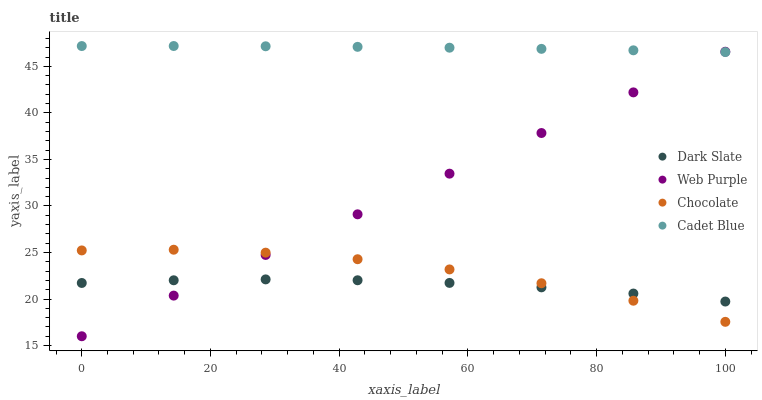
| xaxis_label | Dark Slate | Web Purple | Chocolate | Cadet Blue |
 | --- | --- | --- | --- | --- |
 | 0 | 21.7 | 16 | 25.2 | 47.2 |
 | 14.3 | 22 | 20.4 | 25.3 | 47.2 |
 | 28.6 | 22.1 | 24.7 | 25 | 47.2 |
 | 42.9 | 22 | 29.1 | 24.3 | 47.1 |
 | 57.1 | 21.7 | 33.5 | 23.2 | 47 |
 | 71.4 | 21.3 | 37.8 | 21.7 | 46.9 |
 | 85.7 | 20.6 | 42.2 | 19.8 | 46.7 |
 | 100 | 19.7 | 46.6 | 17.5 | 46.5 |